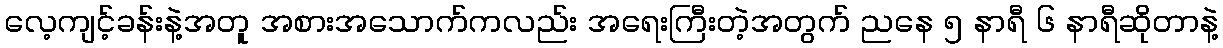
လေ့ကျင့်ခန်းနဲ့အတူ အစားအသောက်ကလည်း အရေးကြီးတဲ့အတွက် ညနေ ၅ နာရီ ၆ နာရီဆိုတာနဲ့